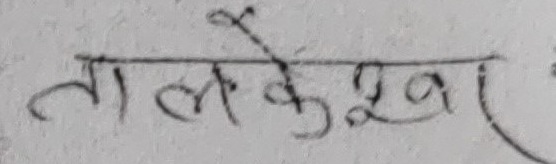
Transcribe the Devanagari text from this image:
लालकेश्वर